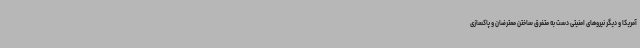
آمریکا و دیگر نیروهای امنیتی دست به متفرق ساختن معترضان و پاکسازی